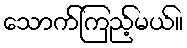
သောက်ကြည့်မယ်။